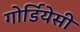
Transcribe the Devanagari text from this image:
गोर्डियेसी